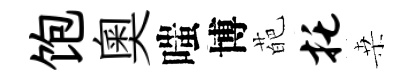
饱奧嗤博葩托桒